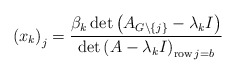
\begin{align*}\left( x_{k}\right) _{j}=\frac{\beta_{k}\det\left( A_{G\backslash\left\{j\right\} }-\lambda_{k}I\right) }{\det\left( A-\lambda_{k}I\right)_{\operatorname{row}j=b}} \end{align*}